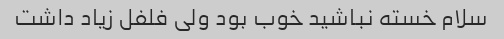
سلام خسته نباشید خوب بود ولی فلفل زیاد داشت